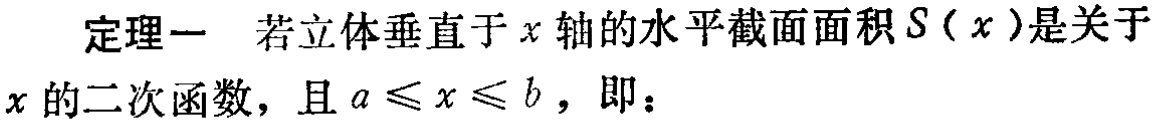
定理一 若立体垂直于\(x\)轴的水平截面面积\(S(x)\)是关于\(x\)的二次函数，且\(a\leqslant x\leqslant b\)，即：